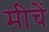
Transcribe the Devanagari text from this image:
मीचें